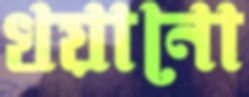
খয়ানো